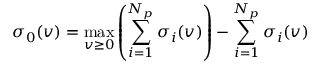
\sigma _ { 0 } ( v ) = \operatorname* { m a x } _ { v \geq 0 } \left( \sum _ { i = 1 } ^ { N _ { p } } \sigma _ { i } ( v ) \right) - \sum _ { i = 1 } ^ { N _ { p } } \sigma _ { i } ( v )